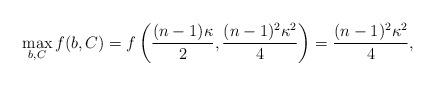
LaTeX: \begin{align*} \max_{b,C} f(b,C)=f\left(\frac{(n-1)\kappa}{2},\frac{(n-1)^2\kappa^2}{4}\right)=\frac{(n-1)^2\kappa^2}{4}, \end{align*}